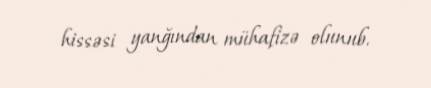
hissəsi yanğından mühafizə olunub.